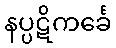
နပ္ပဋိကင်္ခေ